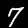
Digit: 7